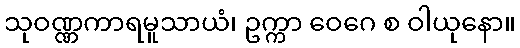
သုဝဏ္ဏကာရမူသာယံ၊ ဥက္ကာ ဝေဂေ စ ဝါယုနော။